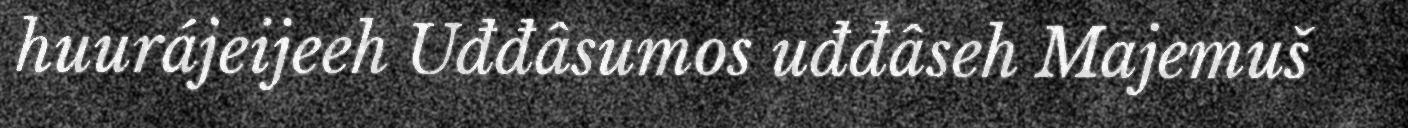
huurájeijeeh Uđđâsumos uđđâseh Majemuš